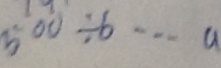
5 0 0 \div b \cdots a